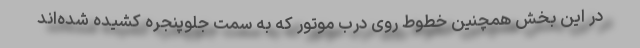
در این بخش همچنین خطوط روی درب موتور که به سمت جلوپنجره کشیده شده‌اند